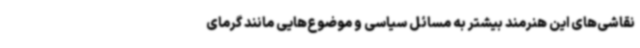
نقاشی‌های این هنرمند بیشتر به مسائل سیاسی و موضوع‌هایی مانند گرمای